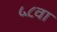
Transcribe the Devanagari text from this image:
५८वा